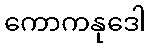
ကောကနုဒေါ